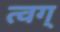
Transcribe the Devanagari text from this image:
त्वग्